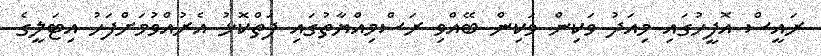
ރައީސް އޮފީހުގައި މިއަދު ވަކިން ވަކިން ބޭއްވި ރަސްމިއްޔާތުގައި ފަތްކޮޅު އެރުއްވުމަށްފަހު އިޓަލީގެ